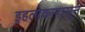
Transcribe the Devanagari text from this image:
इहलोकापासून